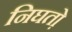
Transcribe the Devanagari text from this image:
निघतो़